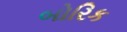
બોરિક